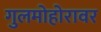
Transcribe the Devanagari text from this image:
गुलमोहोरावर